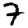
Digit: 7